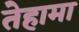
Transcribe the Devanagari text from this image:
तेहामा